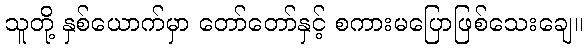
သူတို့ နှစ်ယောက်မှာ တော်တော်နှင့် စကားမပြောဖြစ်သေးချေ။